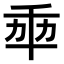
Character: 𠦚